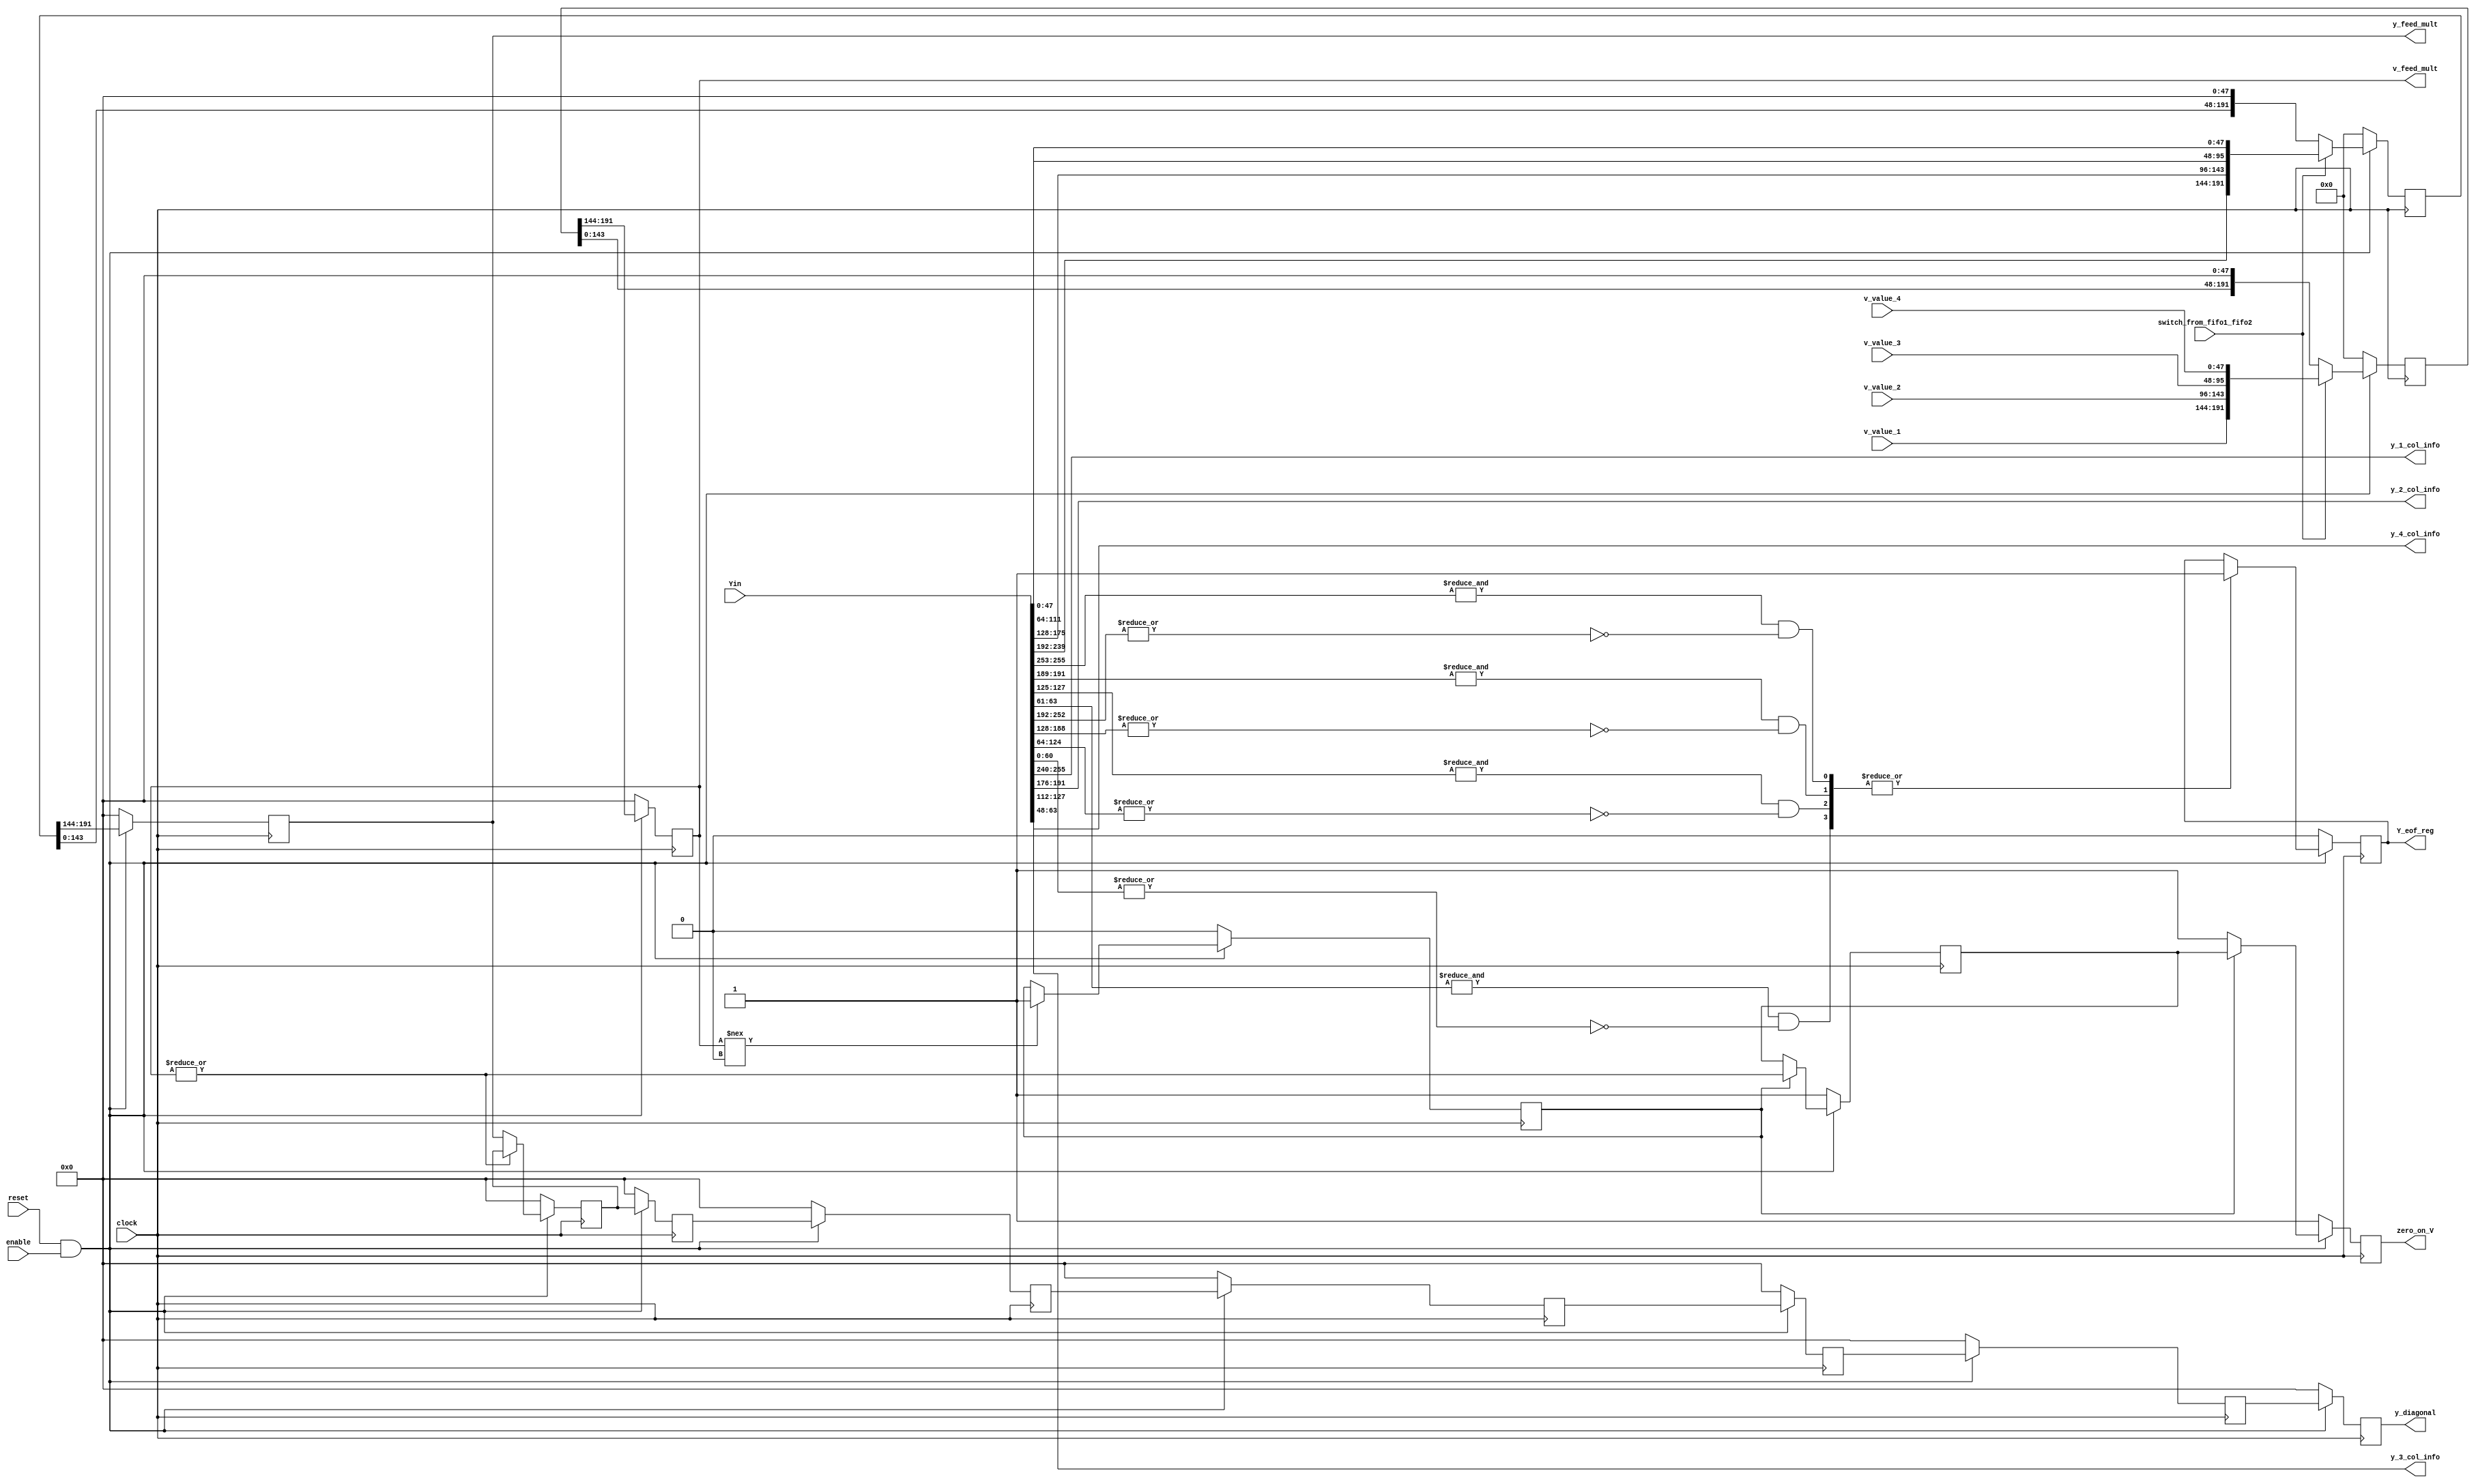
module y_to_fifo(Yin,
		v_value_1,v_value_2,v_value_3,v_value_4,
		y_1_col_info,y_2_col_info,y_3_col_info,y_4_col_info,
		y_feed_mult,v_feed_mult,
		clock,reset,enable,switch_from_fifo1_fifo2,y_diagonal,Y_eof_reg,zero_on_V);
input clock,reset,enable;
input switch_from_fifo1_fifo2;
input  [255:0] Yin;
input  [47:0] v_value_1,v_value_2,v_value_3,v_value_4;
output [47:0] y_feed_mult,v_feed_mult;
reg [47:0] y_feed_mult,v_feed_mult;
output  [15:0] y_1_col_info,y_2_col_info,y_3_col_info,y_4_col_info;
wire [15:0] y_1_col_info,y_2_col_info,y_3_col_info,y_4_col_info;
wire    [63:0] y1_stg1,y2_stg1,y3_stg1,y4_stg1;//1st flops of the 2 stage fifo
reg    [191:0] y_stg2;//2nd flops of the 2 stage fifo
reg    [191:0] v_stg1;
reg [255:0] Yin_reg;
reg [47:0] y_diagonal_pip1,y_diagonal_pip2,y_diagonal_pip3,y_diagonal_pip4,y_diagonal_pip5,y_diagonal_pip6;
output reg [47:0] y_diagonal;
output zero_on_V;
reg zero_on_V,zero_on_V_p2;
wire y_1_eof,y_2_eof,y_3_eof,y_4_eof;
wire Y_eof;
wire zero_on_V_p1;
reg [10:0] count_feed;
//reg zero_on_V_p1,zero_on_V_p2;
output reg Y_eof_reg;
reg v_non_zero;
///reg fifo_loaded;
assign	y1_stg1=Yin[255:192];
assign	y2_stg1=Yin[191:128];
assign	y3_stg1=Yin[127:64];
assign	y4_stg1=Yin[63:0];
	
//the y_n_col_info values will be sent ot control logic to be decoded and fetch v values acordingly

assign	y_1_col_info=y1_stg1[63:48];
assign	y_2_col_info=y2_stg1[63:48];
assign	y_3_col_info=y3_stg1[63:48];
assign	y_4_col_info=y4_stg1[63:48];

assign y_1_eof= ((&y1_stg1[63:61])&(~(|y1_stg1[60:0])));
assign y_2_eof= ((&y2_stg1[63:61])&(~(|y2_stg1[60:0])));
assign y_3_eof= ((&y3_stg1[63:61])&(~(|y3_stg1[60:0])));
assign y_4_eof= ((&y4_stg1[63:61])&(~(|y4_stg1[60:0])));
assign Y_eof = |{y_1_eof,y_2_eof,y_3_eof,y_4_eof};

always@(posedge clock)
	begin
   if(~(reset&enable))
   begin
      y_stg2<=192'b0;
   end
   else
   begin
	if(switch_from_fifo1_fifo2)
		y_stg2<={y1_stg1[47:0],y2_stg1[47:0],y3_stg1[47:0],y4_stg1[47:0]};
	else
		y_stg2<=y_stg2<<48;		
   end//reset or enable
end

always@(posedge clock)
	begin
   if(~(reset&enable))
   begin
      v_stg1<=192'b0;
   end
   else
   begin
	if(switch_from_fifo1_fifo2)
	begin
	v_stg1<={v_value_1,v_value_2,v_value_3,v_value_4};

	end
	else
	v_stg1<=v_stg1<<48;
	end
   end//reset

always@(posedge clock)
	begin
//	if(fifo_loaded)
//	begin
   if(~(reset&enable))
   begin
	v_feed_mult<=48'b0;
	y_feed_mult<=48'b0;
   end
   else
   begin
	v_feed_mult<=v_stg1[191:144];
	y_feed_mult<=y_stg2[191:144];
   end//reset


//	else
//	begin
//	y_feed_mult<=(y_feed_mult>>48);
//	v_feed_mult<=(v_feed_mult>>48);
//	end
	end

assign zero_on_V_p1=(|v_feed_mult);
//remove this

always@(posedge clock)
begin
	if(!reset)
	count_feed<=11'b0;
	else
	begin
	if(v_feed_mult==0)
	count_feed<=count_feed+1'b1;
	end
end

always@(posedge clock)
	begin
	if(!(reset&enable))
	v_non_zero<=1'b0;
	else
	begin
	if(v_feed_mult!==0)
	v_non_zero<=1'b1;
	end
	end

	
always@(posedge clock)
	begin
		if(~(reset&enable))
		begin
		zero_on_V_p2<=1'b1;
		zero_on_V<=1'b1;
		end
	        else
		begin
		if(v_non_zero)
			begin
			zero_on_V_p2<=zero_on_V_p1;
			zero_on_V<=zero_on_V_p2;
			end
		else
			begin
			zero_on_V<=1'b1;
			end
	
		end
      end

always@(posedge clock)
	begin
   if(~(reset&enable))
   begin
	y_diagonal_pip1<=48'b0;
   end
   else
   begin
	if(~(|v_feed_mult))
	y_diagonal_pip1<=y_feed_mult;
	end
   end
always@(posedge clock)
begin
   if(~(reset&enable))
   begin
      y_diagonal     <=48'b0;
      y_diagonal_pip6<=48'b0;
      y_diagonal_pip5<=48'b0;
      y_diagonal_pip4<=48'b0;
      y_diagonal_pip3<=48'b0;
      y_diagonal_pip2<=48'b0;
   end
   else
   begin
      y_diagonal<=y_diagonal_pip6;
      y_diagonal_pip6<=y_diagonal_pip5;
      y_diagonal_pip5<=y_diagonal_pip4;
      y_diagonal_pip4<=y_diagonal_pip3;
      y_diagonal_pip3<=y_diagonal_pip2;
      y_diagonal_pip2<=y_diagonal_pip1;
   end
end

always@(posedge clock)
	begin
   if(~(reset&enable))
   begin
	Yin_reg<=256'b0;
   end
   else
   begin
	Yin_reg<=Yin;
   end
	end

always@(posedge clock)
	begin
	if(~(reset&enable))
           Y_eof_reg<=1'b0;
	else
	begin
	   if(Y_eof)
	      Y_eof_reg<=1'b1;
 	   end
	end
endmodule